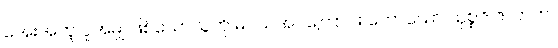
အေးအတူ ပူအမျှ ဖြစ်သောသူကို မပယ်အပ်ကြောင်း ဟောသော သုစ္စဇ ဇာတက။